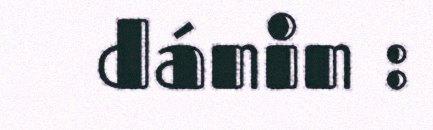
dánin :